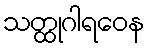
သတ္ထုဂါရဝေန